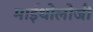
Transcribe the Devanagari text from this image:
माईथोलोजी